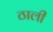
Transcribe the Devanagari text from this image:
ठाली